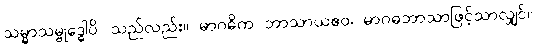
သမ္မာသမ္ဗုဒ္ဓေါပိ၊ သည်လည်း။ မာဂဓိက ဘာသာယဧဝ၊ မာဂဓဘာသာဖြင့်သာလျှင်။